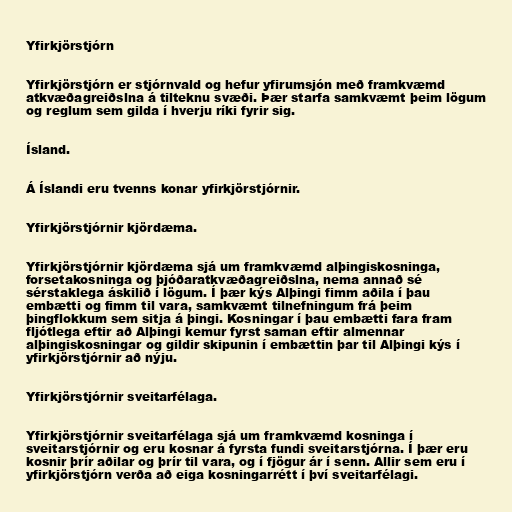
Yfirkjörstjórn

Yfirkjörstjórn er stjórnvald og hefur yfirumsjón með framkvæmd
atkvæðagreiðslna á tilteknu svæði. Þær starfa samkvæmt þeim lögum
og reglum sem gilda í hverju ríki fyrir sig.

Ísland.

Á Íslandi eru tvenns konar yfirkjörstjórnir.

Yfirkjörstjórnir kjördæma.

Yfirkjörstjórnir kjördæma sjá um framkvæmd alþingiskosninga,
forsetakosninga og þjóðaratkvæðagreiðslna, nema annað sé
sérstaklega áskilið í lögum. Í þær kýs Alþingi fimm aðila í þau
embætti og fimm til vara, samkvæmt tilnefningum frá þeim
þingflokkum sem sitja á þingi. Kosningar í þau embætti fara fram
fljótlega eftir að Alþingi kemur fyrst saman eftir almennar
alþingiskosningar og gildir skipunin í embættin þar til Alþingi kýs í
yfirkjörstjórnir að nýju.

Yfirkjörstjórnir sveitarfélaga.

Yfirkjörstjórnir sveitarfélaga sjá um framkvæmd kosninga í
sveitarstjórnir og eru kosnar á fyrsta fundi sveitarstjórna. Í þær eru
kosnir þrír aðilar og þrír til vara, og í fjögur ár í senn. Allir sem eru í
yfirkjörstjórn verða að eiga kosningarrétt í því sveitarfélagi.